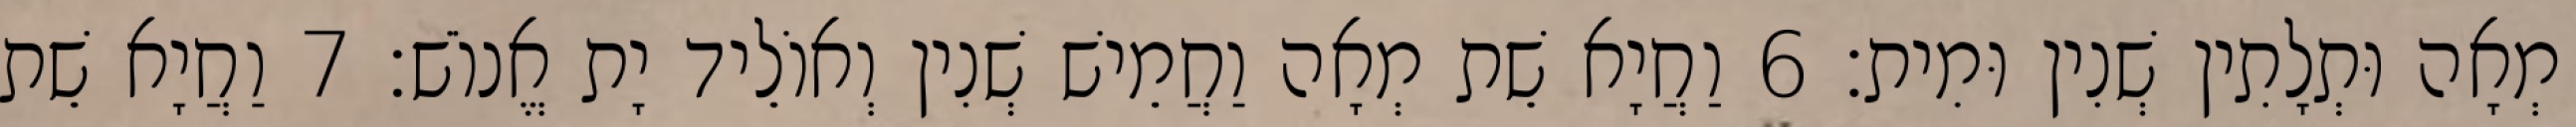
מְאָה וּתְלָתִין שְׁנִין וּמִית׃ 6 וַחֲיָא שֵׁת מְאָה וַחֲמֵישׁ שְׁנִין וְאוֹלֵיד יָת אֱנוֹשׁ׃ 7 וַחֲיָא שֵׁת